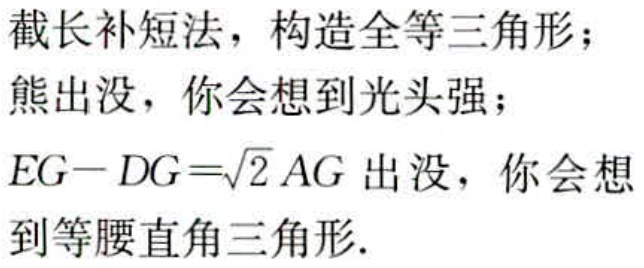
截长补短法，构造全等三角形；

熊出没，你会想到光头强；

\(EG - DG=\sqrt{2}AG\) 出没，你会想

到等腰直角三角形.